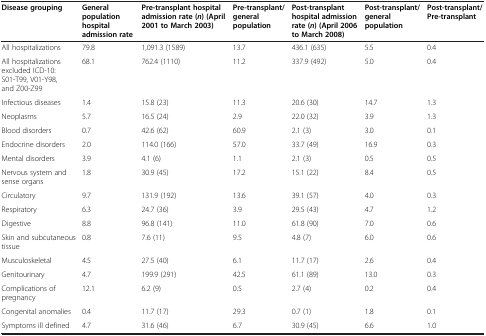
| Disease grouping | General population hospital admission rate | Pre-transplant hospital admission rate ( n ) (April 2001 to March 2003) | Pre-transplant/ general population | Post-transplant hospital admission rate ( n ) (April 2006 to March 2008) | Post-transplant/ general population | Post-transplant/Pre-transplant |
 | --- | --- | --- | --- | --- | --- | --- |
 | All hospitalizations | 79.8 | 1,091.3 (1589) | 13.7 | 436.1 (635) | 5.5 | 0.4 |
 | All hospitalizations excluded ICD-10: S01-T99, V01-Y98, and Z00-Z99 | 68.1 | 762.4 (1110) | 11.2 | 337.9 (492) | 5.0 | 0.4 |
 | Infectious diseases | 1.4 | 15.8 (23) | 11.3 | 20.6 (30) | 14.7 | 1.3 |
 | Neoplasms | 5.7 | 16.5 (24) | 2.9 | 22.0 (32) | 3.9 | 1.3 |
 | Blood disorders | 0.7 | 42.6 (62) | 60.9 | 2.1 (3) | 3.0 | 0.1 |
 | Endocrine disorders | 2.0 | 114.0 (166) | 57.0 | 33.7 (49) | 16.9 | 0.3 |
 | Mental disorders | 3.9 | 4.1 (6) | 1.1 | 2.1 (3) | 0.5 | 0.5 |
 | Nervous system and sense organs | 1.8 | 30.9 (45) | 17.2 | 15.1 (22) | 8.4 | 0.5 |
 | Circulatory | 9.7 | 131.9 (192) | 13.6 | 39.1 (57) | 4.0 | 0.3 |
 | Respiratory | 6.3 | 24.7 (36) | 3.9 | 29.5 (43) | 4.7 | 1.2 |
 | Digestive | 8.8 | 96.8 (141) | 11.0 | 61.8 (90) | 7.0 | 0.6 |
 | Skin and subcutaneous tissue | 0.8 | 7.6 (11) | 9.5 | 4.8 (7) | 6.0 | 0.6 |
 | Musculoskeletal | 4.5 | 27.5 (40) | 6.1 | 11.7 (17) | 2.6 | 0.4 |
 | Genitourinary | 4.7 | 199.9 (291) | 42.5 | 61.1 (89) | 13.0 | 0.3 |
 | Complications of pregnancy | 12.1 | 6.2 (9) | 0.5 | 2.7 (4) | 0.2 | 0.4 |
 | Congenital anomalies | 0.4 | 11.7 (17) | 29.3 | 0.7 (1) | 1.8 | 0.1 |
 | Symptoms ill defined | 4.7 | 31.6 (46) | 6.7 | 30.9 (45) | 6.6 | 1.0 |